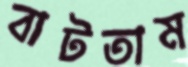
বাটতাম